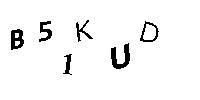
B51KUD